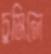
চুমিলে